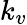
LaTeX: k_{v}